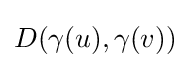
D(\gamma (u),\gamma (v))